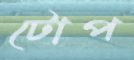
টোপ